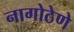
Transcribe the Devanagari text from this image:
नागोठेणे